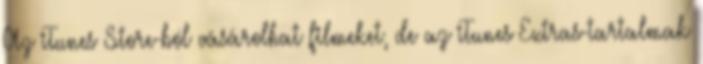
Az iTunes Store-ból vásárolhat filmeket, de az iTunes Extras-tartalmak